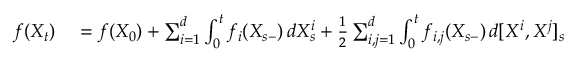
\begin{array} { r l } { f ( X _ { t } ) } & { { } = f ( X _ { 0 } ) + \sum _ { i = 1 } ^ { d } \int _ { 0 } ^ { t } f _ { i } ( X _ { s - } ) \, d X _ { s } ^ { i } + { \frac { 1 } { 2 } } \sum _ { i , j = 1 } ^ { d } \int _ { 0 } ^ { t } f _ { i , j } ( X _ { s - } ) \, d [ X ^ { i } , X ^ { j } ] _ { s } } \end{array}